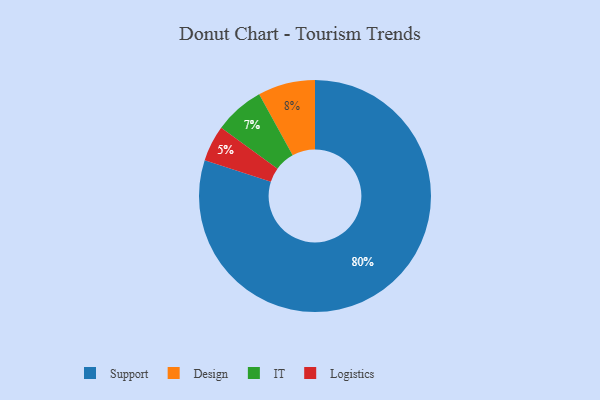
{"axis": {"x": "Category", "y": "Percentage"}, "legend": ["Design", "IT", "Logistics", "Support"], "data": [{"x": "IT", "y": 7, "type": "IT"}, {"x": "Logistics", "y": 5, "type": "Logistics"}, {"x": "Support", "y": 80, "type": "Support"}, {"x": "Design", "y": 8, "type": "Design"}]}